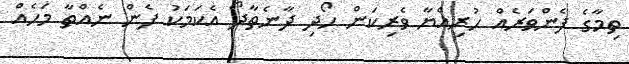
ތިމާގެ ފެންވަރެއް ހުރިއްޔާ ވެރިކަން ހޯދި ދާނެތާދޯ އެކަމަކު ފެން ނެއްތާ މަހެއް